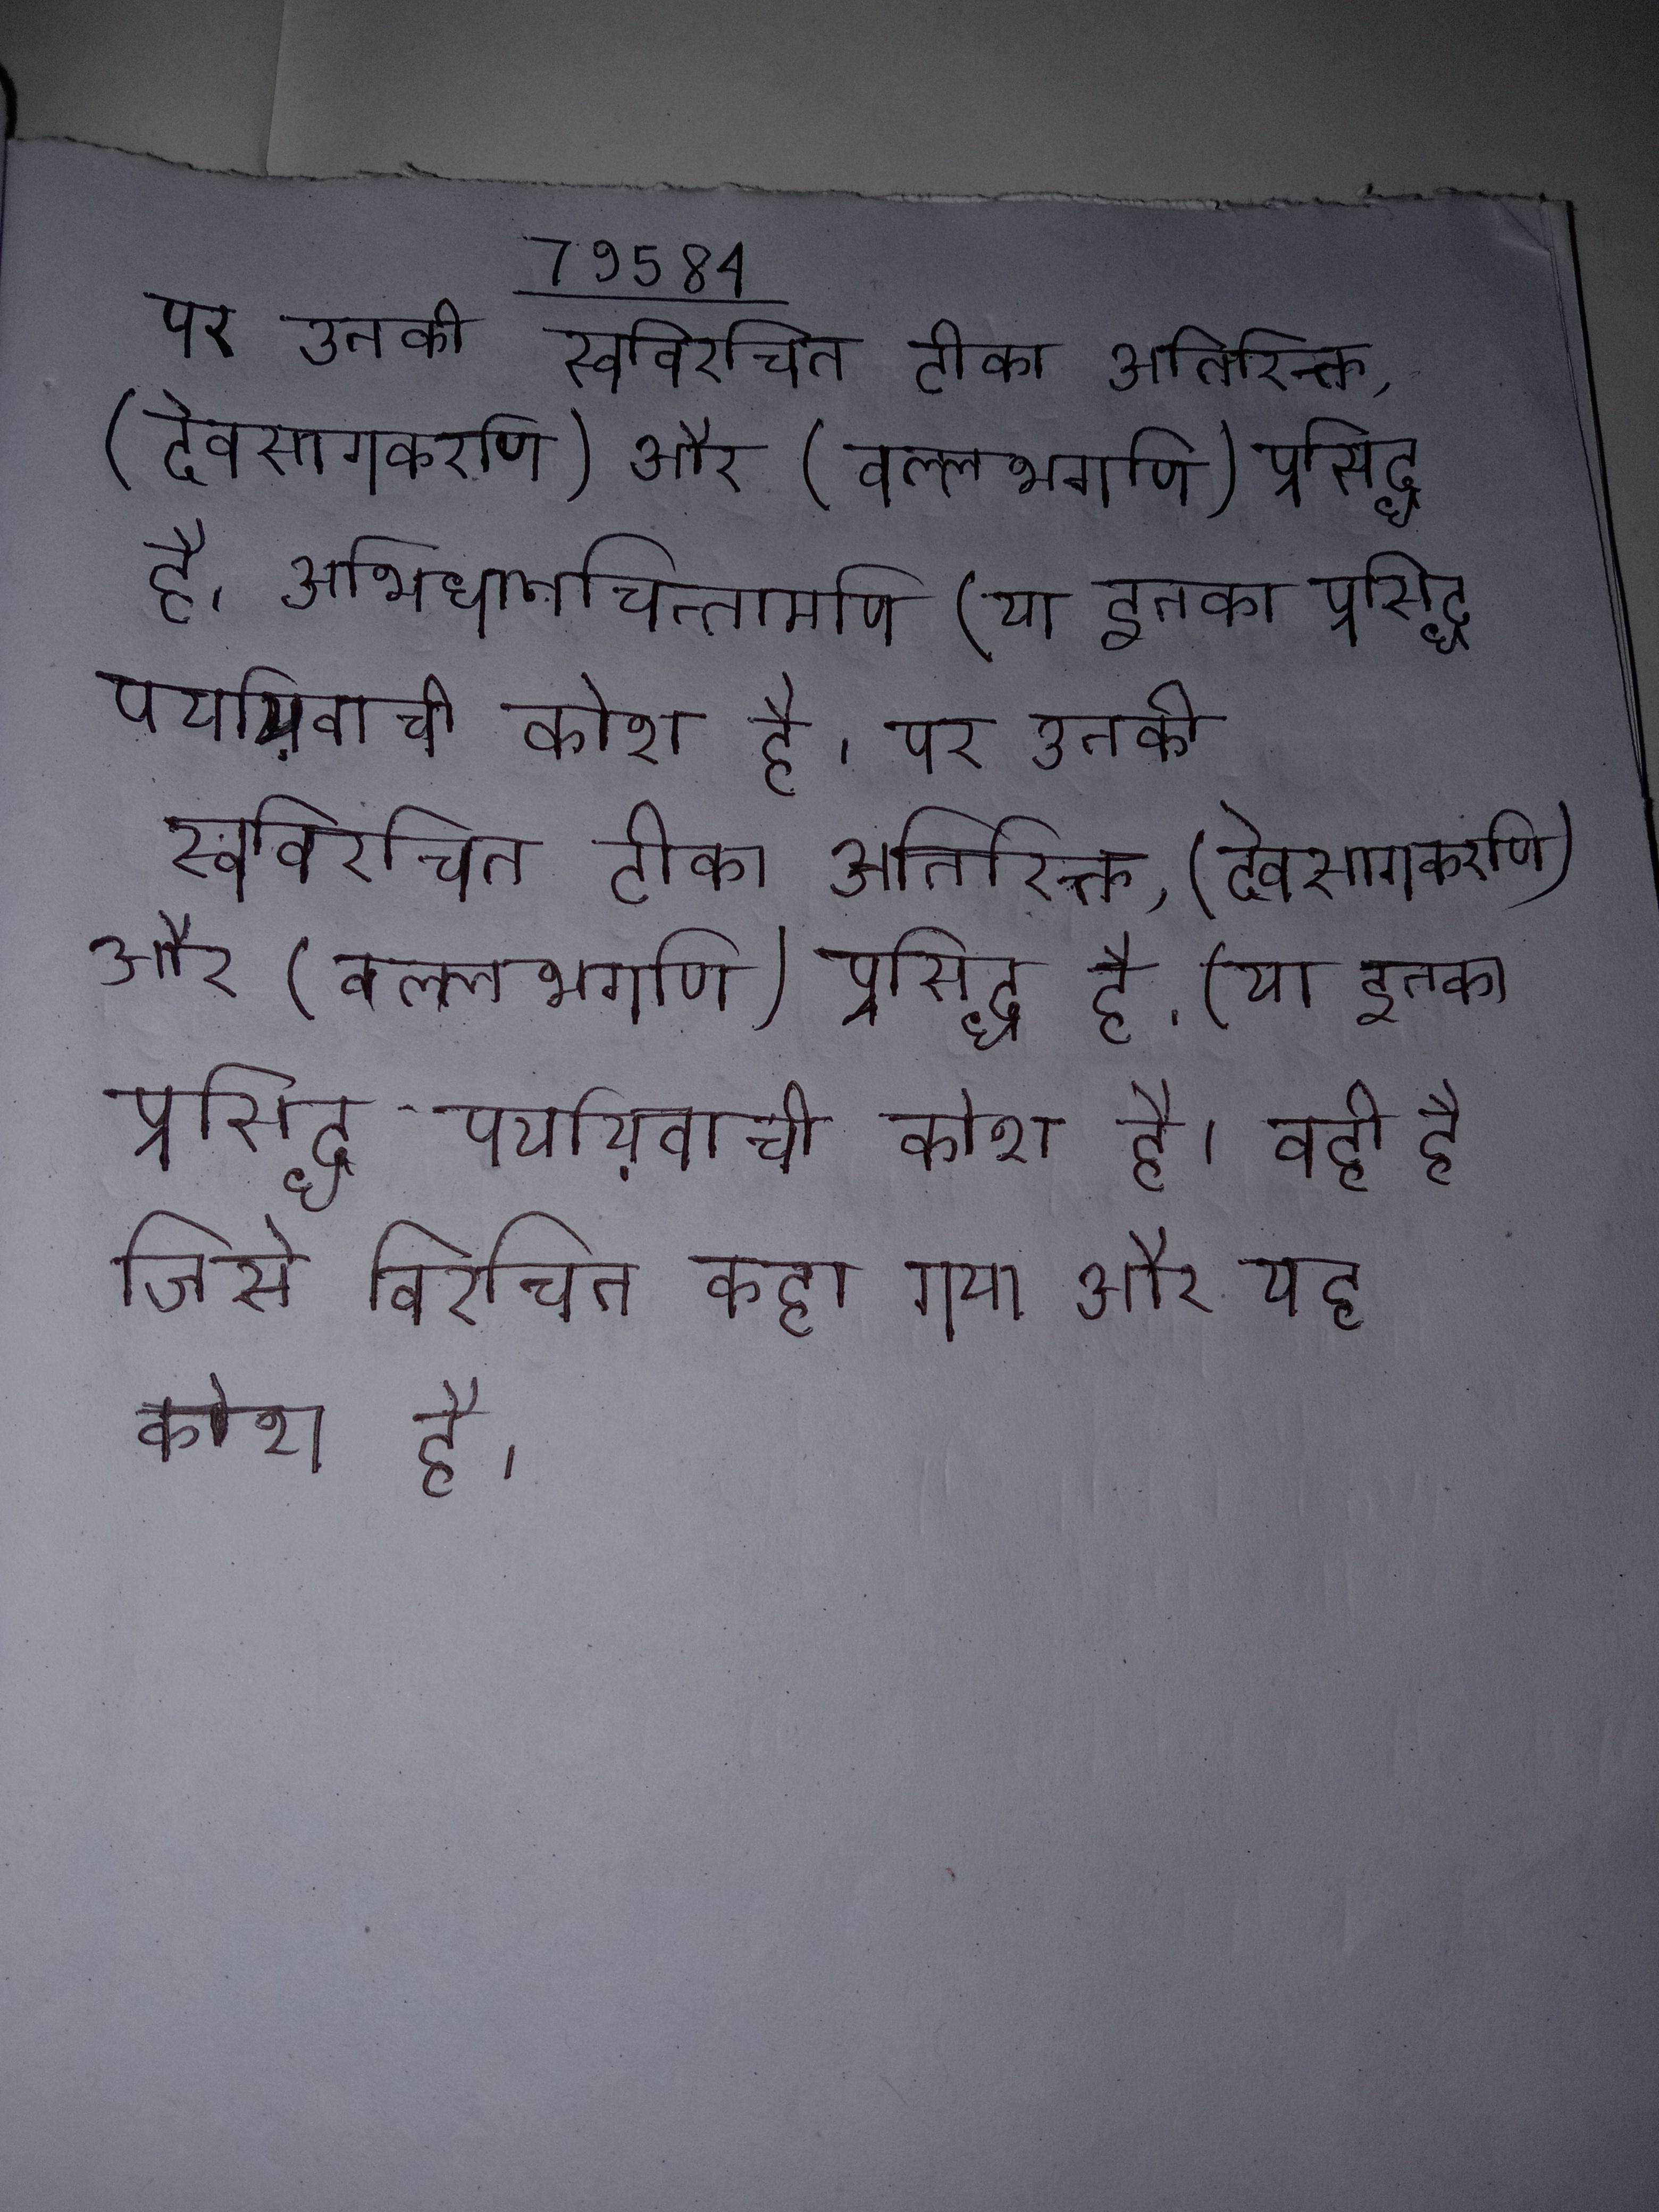
पर उनकी स्वविरचित टीका अतिरिक्त, (देवसागकरणि) और (वल्लभगणि) प्रसिद्ध है । अभिधानचिन्तामणि (या इनका प्रसिद्ध पर्यायवाची कोश है । पर उनकी स्वविरचित टीका अतिरिक्त, (देवसागकरणि) और (वल्लभगणि) प्रसिद्ध है । (या इनका प्रसिद्ध पर्यायवाची कोश है । वही है जिसे विरचित कहा गया और यह कोश है ।